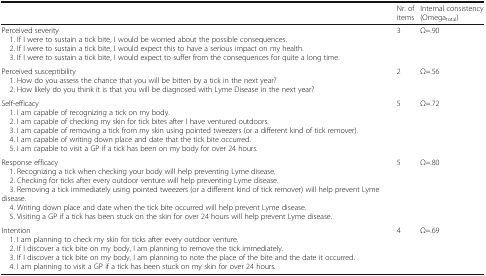
|  | Nr. of items | Internal consistency (Omegatotal) |
 | --- | --- | --- |
 | Perceived severity 1. If I were to sustain a tick bite, I would be worried about the possible consequences. 2. If I were to sustain a tick bite, I would expect this to have a serious impact on my health. 3. If I were to sustain a tick bite, I would expect to suffer from the consequences for quite a long time. | 3 | Ω=.90 |
 | Perceived susceptibility 1. How do you assess the chance that you will be bitten by a tick in the next year? 2. How likely do you think it is that you will be diagnosed with Lyme Disease in the next year? | 2 | Ω=.56 |
 | Self-efficacy 1. I am capable of recognizing a tick on my body. 2. I am capable of checking my skin for tick bites after I have ventured outdoors. 3. I am capable of removing a tick from my skin using pointed tweezers (or a different kind of tick remover). 4. I am capable of writing down place and date that the tick bite occurred. 5. I am capable to visit a GP if a tick has been on my body for over 24 hours. | 5 | Ω=.72 |
 | Response efficacy 1. Recognizing a tick when checking your body will help preventing Lyme disease. 2. Checking for ticks after every outdoor venture will help preventing Lyme disease. 3. Removing a tick immediately using pointed tweezers (or a different kind of tick remover) will help prevent Lyme disease. 4. Writing down place and date when the tick bite occurred will help prevent Lyme disease. 5. Visiting a GP if a tick has been stuck on the skin for over 24 hours will help prevent Lyme disease. | 5 | Ω=.80 |
 | Intention 1. I am planning to check my skin for ticks after every outdoor venture. 2. If I discover a tick bite on my body, I am planning to remove the tick immediately. 3. If I discover a tick bite on my body, I am planning to note the place of the bite and the date it occurred. 4. I am planning to visit a GP if a tick has been stuck on my skin for over 24 hours. | 4 | Ω=.69 |